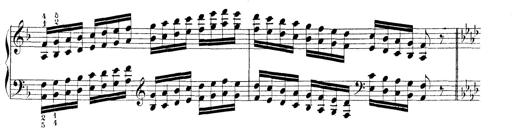
Title: Technische Studien
Composer: Franz Liszt